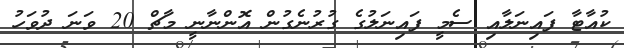
ކުއާޓާ ފައިނަލާއި ސެމީ ފައިނަލުގެ ގުރުނެގުން އޮންނާނީ މާޗް 20 ވަނަ ދުވަހު